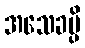
အသေခမ္ပိ